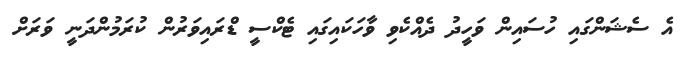
އެ ސެޝަންގައި ހުސައިން ވަހީދު ދެއްކެވި ވާހަކައިގައި ޓެކްސީ ޑްރައިވަރުން ކުރަމުންދަނީ ވަރަށް